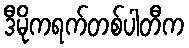
ဒီမိုကရက်တစ်ပါတီက